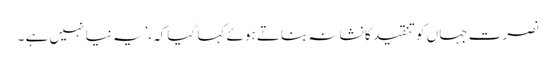
نصرت جہاں کو تنقید کا نشانہ بناتے ہوئے کہا گیا کہ،’یہ نیا نہیں ہے ۔